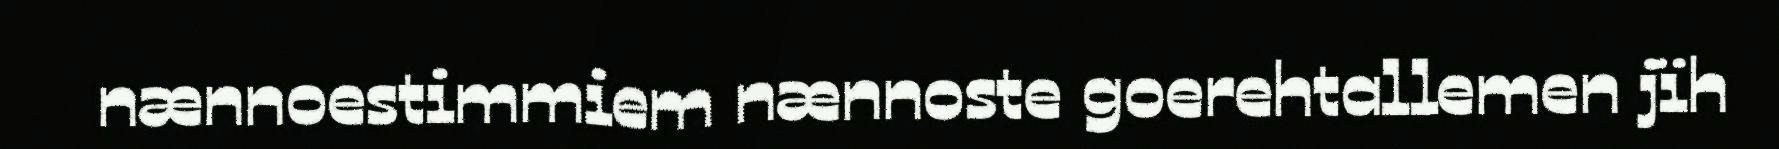
nænnoestimmiem nænnoste goerehtallemen jïh